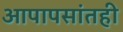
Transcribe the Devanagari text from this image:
आपापसांतही